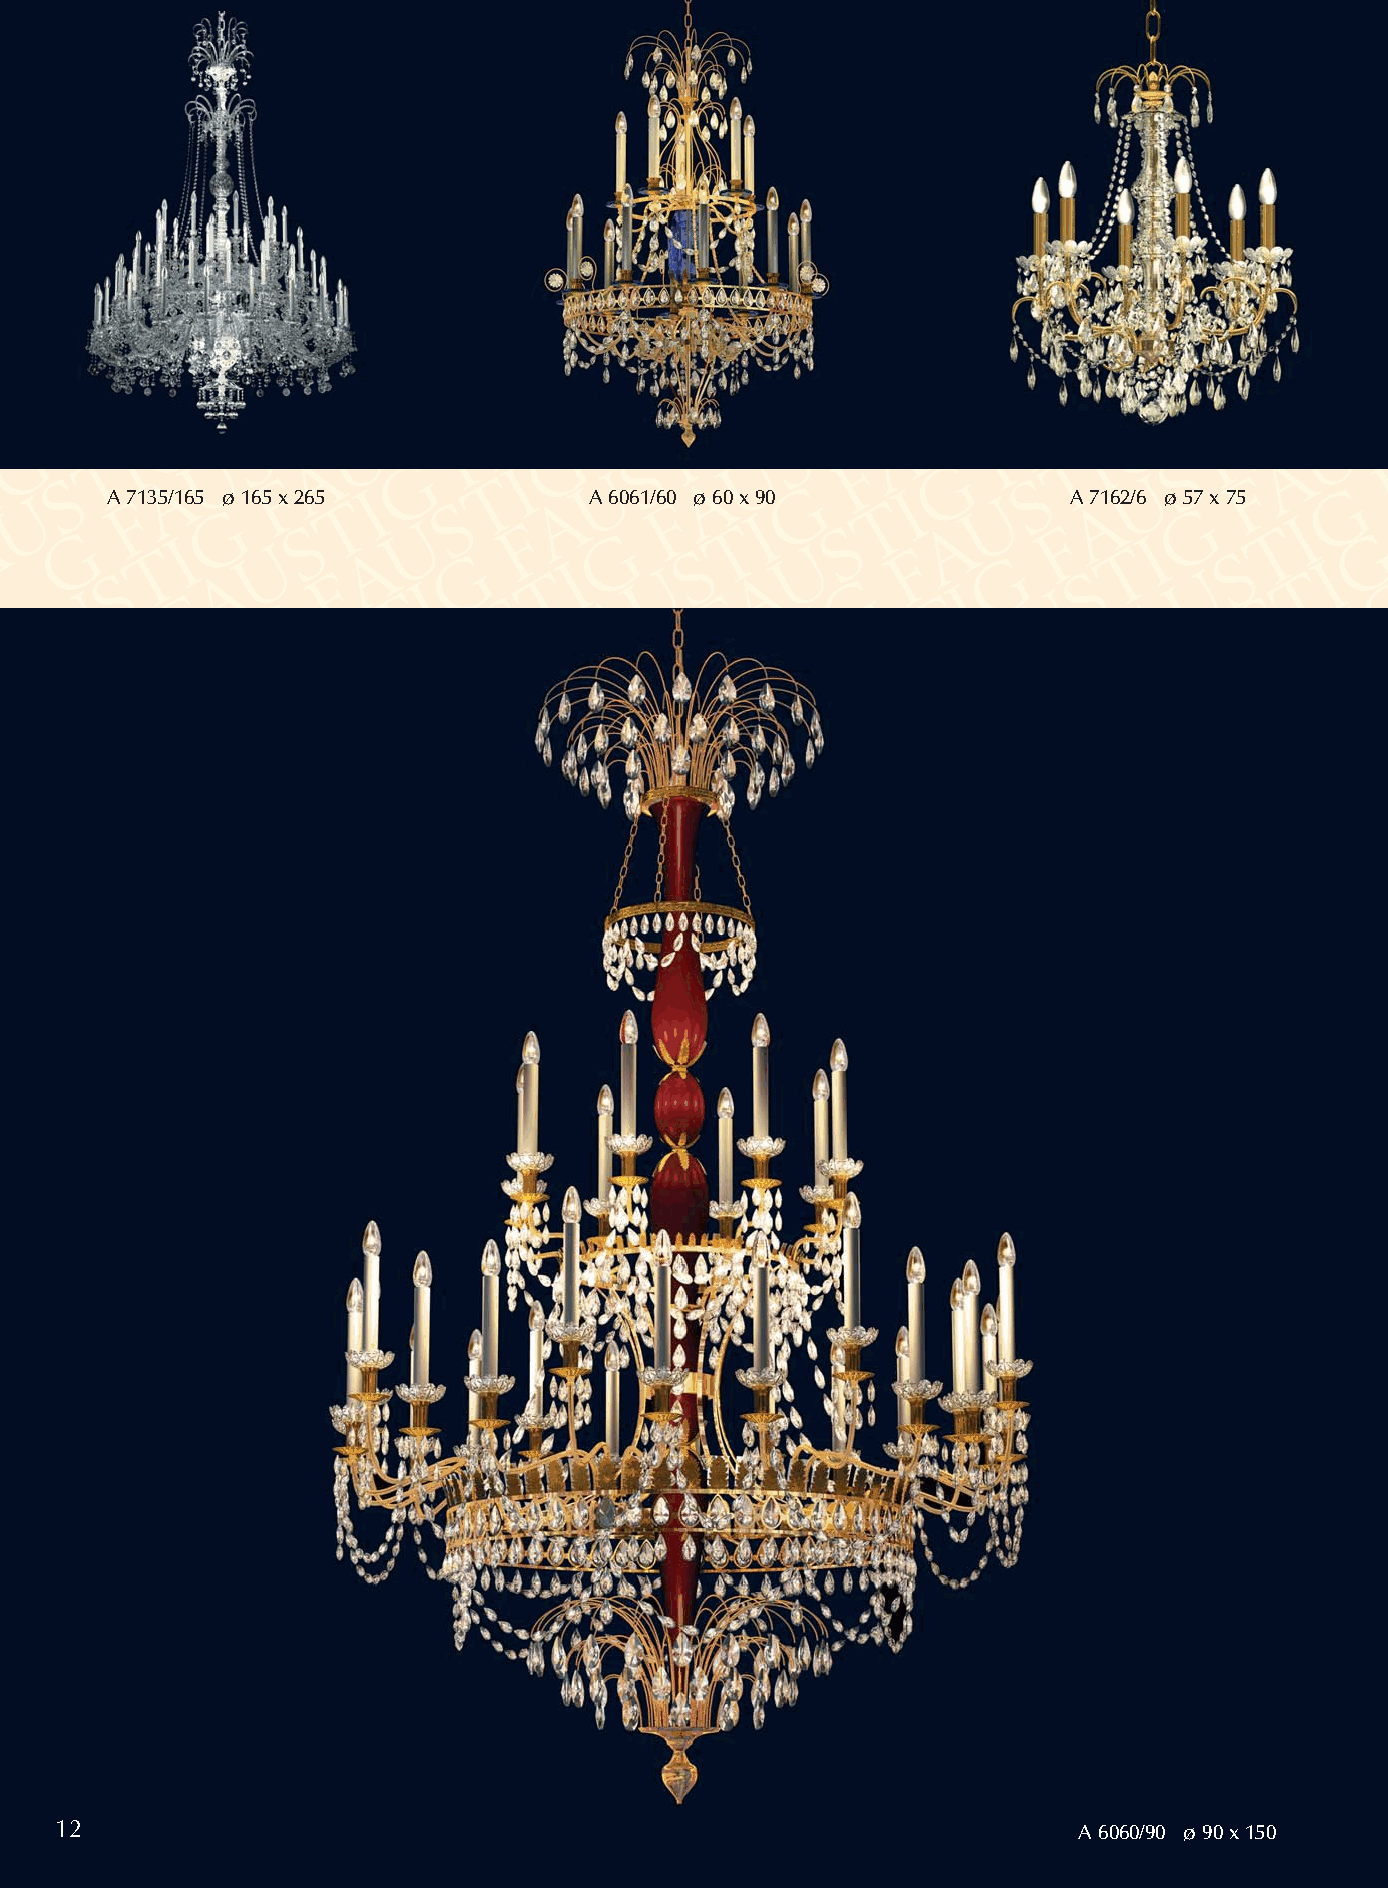
A 7135/165 ø 165 x 265          A 6061/60 ø 60 x 90             A 7162/6 ø 57 x 75
 12                                                                 A 6060/90 ø 90 x 150